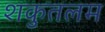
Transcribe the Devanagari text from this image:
शकुतलम